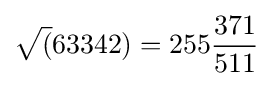
{\sqrt {(}}63342)=255{\frac {371}{511}}